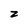
Character: z